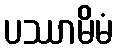
ပဿာမိမံ